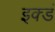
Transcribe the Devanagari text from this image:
इक्डं